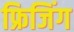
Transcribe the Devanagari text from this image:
फ्रिजिंग